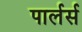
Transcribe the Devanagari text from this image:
पार्लर्स